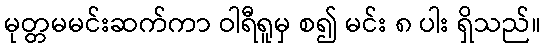
မုတ္တမမင်းဆက်ကာ ဝါရီရူမှ စ၍ မင်း ၈ ပါး ရှိသည်။